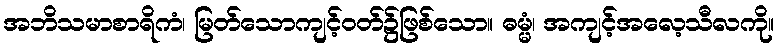
အဘိသမာစာရိကံ၊ မြတ်သောကျင့်ဝတ်၌ဖြစ်သော။ ဓမ္မံ၊ အကျင့်အလေ့သီလကို။